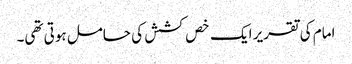
امام کی تقریر ایک خص کشش کی حامل ہوتی تھی۔